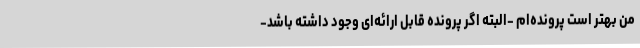
من بهتر است پرونده‌ام -البته اگر پرونده قابل ارائه‌ای وجود داشته باشد-